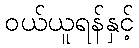
ဝယ်ယူရန်နှင့်